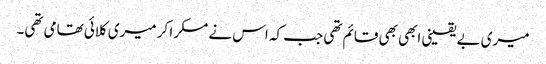
میری بے یقینی ابھی بھی قائم تھی جب کہ اس نے مسکرا کر میری کلائی تھامی تھی۔